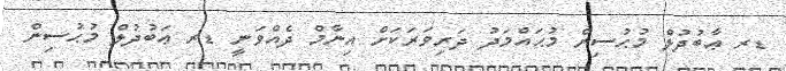
ޑރ ޢާބުދުލް މުޙުސިން މުޙައްމަދު ދަރިވަރަކަށް އިނާމް ދެއްވަނީ ޑރ ޢަބުދުލް މުޙުސިން